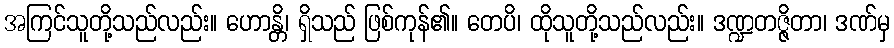
အကြင်သူတို့သည်လည်း။ ဟောန္တိ၊ ရှိသည် ဖြစ်ကုန်၏။ တေပိ၊ ထိုသူတို့သည်လည်း။ ဒဏ္ဍတဇ္ဇိတာ၊ ဒဏ်မှ